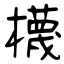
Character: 櫗